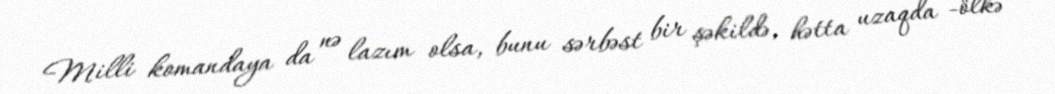
Milli komandaya da nə lazım olsa, bunu sərbəst bir şəkildə, hətta uzaqda -ölkə